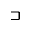
\sqsupset